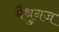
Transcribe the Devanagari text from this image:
मैथुनज